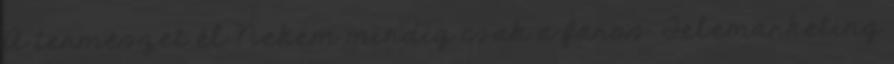
A természet él Nekem mindig csak a faros. Telemarketing